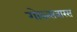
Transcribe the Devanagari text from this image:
गोवत्सबारस